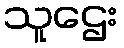
သူဌေး